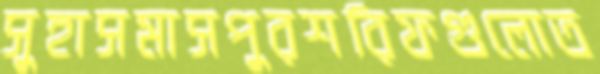
সুহাসমাসপুরশরিফগুলোত